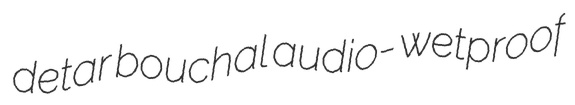
detar bouchal audio- wetproof